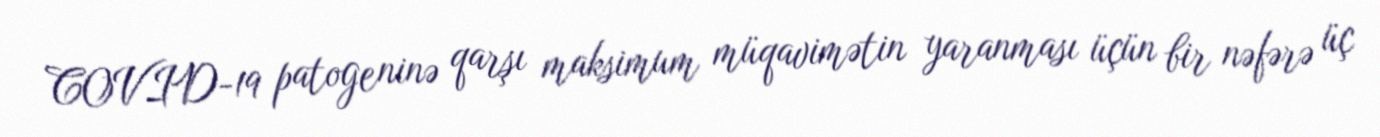
COVID-19 patogeninə qarşı maksimum müqavimətin yaranması üçün bir nəfərə üç